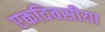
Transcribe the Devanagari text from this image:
एकदिवसीया